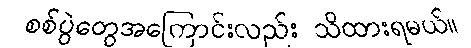
စစ်ပွဲတွေအကြောင်းလည်း သိထားရမယ်။